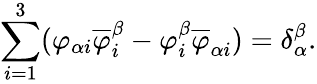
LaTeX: \sum_{i=1}^{3}(\varphi_{\alpha i}\overline{{{\varphi}}}_{i}^{\beta}-\varphi_{i}^{\beta}\overline{{{\varphi}}}_{\alpha i})=\delta{_\alpha^{\beta}}.